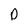
Character: o